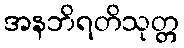
အနဘိရတိသုတ္တ